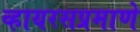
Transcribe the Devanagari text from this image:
व्हायरसप्रमाणे